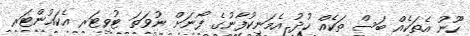
ހޫނު އެތަކެއް ބަސް ތަކެއް ހުދު އެމަނިކުފާނުގެ ފޯނަށް ނުވަތަ ޓުވިޓަރ އެކައުންޓަރ